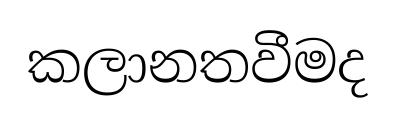
කලානතවීමද